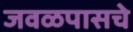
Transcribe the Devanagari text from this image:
जवळपासचे